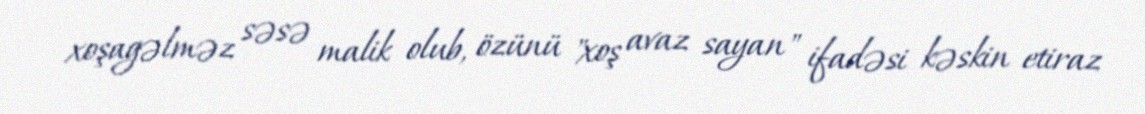
xoşagəlməz səsə malik olub, özünü "xoş avaz sayan" ifadəsi kəskin etiraz